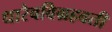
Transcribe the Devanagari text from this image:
धारेवविग्रहवती